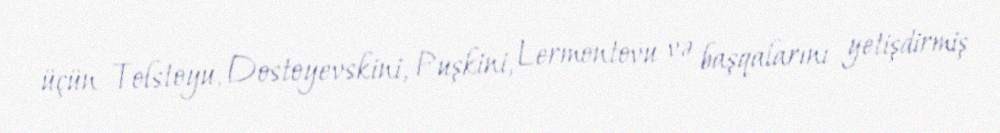
üçün Tolstoyu, Dostoyevskini, Puşkini, Lermontovu və başqalarını yetişdirmiş